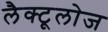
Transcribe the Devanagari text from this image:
लैक्टूलोज